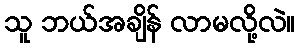
သူ ဘယ်အချိန် လာမလို့လဲ။